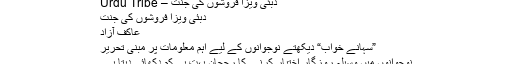
دبئی ویزا فروشوں کی جنت – Urdu Tribe
دبئی ویزا فروشوں کی جنت
عاکف آزاد
”سہانے خواب“ دیکھتے نوجوانوں کے لیے اہم معلومات پر مبنی تحریر
نوجوانوں میں وسیلۂ روزگار اختیار کرنے کا رجحان بہت ہی کم دکھائی دیتا ہے۔